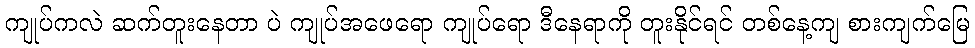
ကျုပ်ကလဲ ဆက်တူးနေတာ ပဲ ကျုပ်အဖေရော ကျုပ်ရော ဒီနေရာကို တူးနိုင်ရင် တစ်နေ့ကျ စားကျက်မြေ